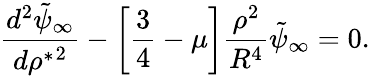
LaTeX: {\frac{d^{2}\tilde{\psi}_{\infty}}{d{\rho^{*}}^{2}}}-\left[{\frac{3}{4}}-\mu\right]{\frac{\rho^{2}}{R^{4}}}\tilde{\psi}_{\infty}=0.